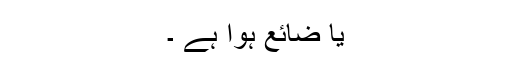
یا ضائع ہوا ہے ۔